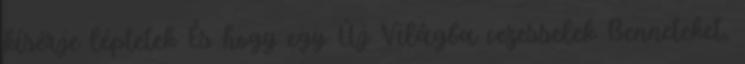
kísérje léptetek És hogy egy Új Világba vezesselek Benneteket,